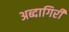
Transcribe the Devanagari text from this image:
अब्दागिरी